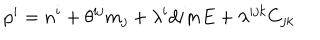
LaTeX: p ^ { i } = n ^ { i } + \theta ^ { i j } m _ { j } + \lambda ^ { i } d i m E + \lambda ^ { i j k } C _ { j k }